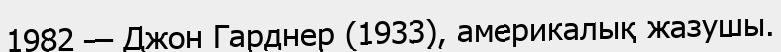
1982 — Джон Гарднер (1933), америкалық жазушы.